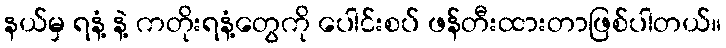
နယ်မှ ရနံ့ နဲ့ ကတိုးရနံ့တွေကို ပေါင်းစပ် ဖန်တီးထားတာဖြစ်ပါတယ်။